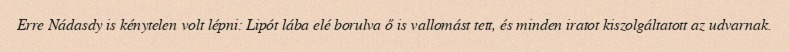
Erre Nádasdy is kénytelen volt lépni: Lipót lába elé borulva ő is vallomást tett, és minden iratot kiszolgáltatott az udvarnak.